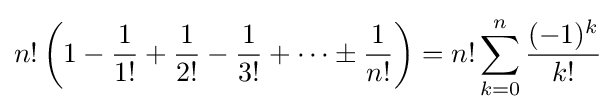
n!\left(1-{\frac {1}{1!}}+{\frac {1}{2!}}-{\frac {1}{3!}}+\cdots \pm {\frac {1}{n!}}\right)=n!\sum _{k=0}^{n}{\frac {(-1)^{k}}{k!}}